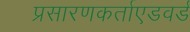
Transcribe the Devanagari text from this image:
प्रसारणकर्ताएडवर्ड